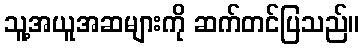
သူ့အယူအဆများကို ဆက်တင်ပြသည်။